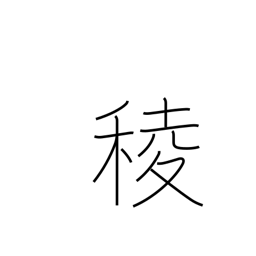
Meaning: angle